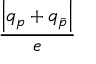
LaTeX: \frac { \left| q _ { p } + q _ { \bar { p } } \right| } { e }